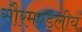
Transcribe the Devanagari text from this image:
सौरमण्डलीय